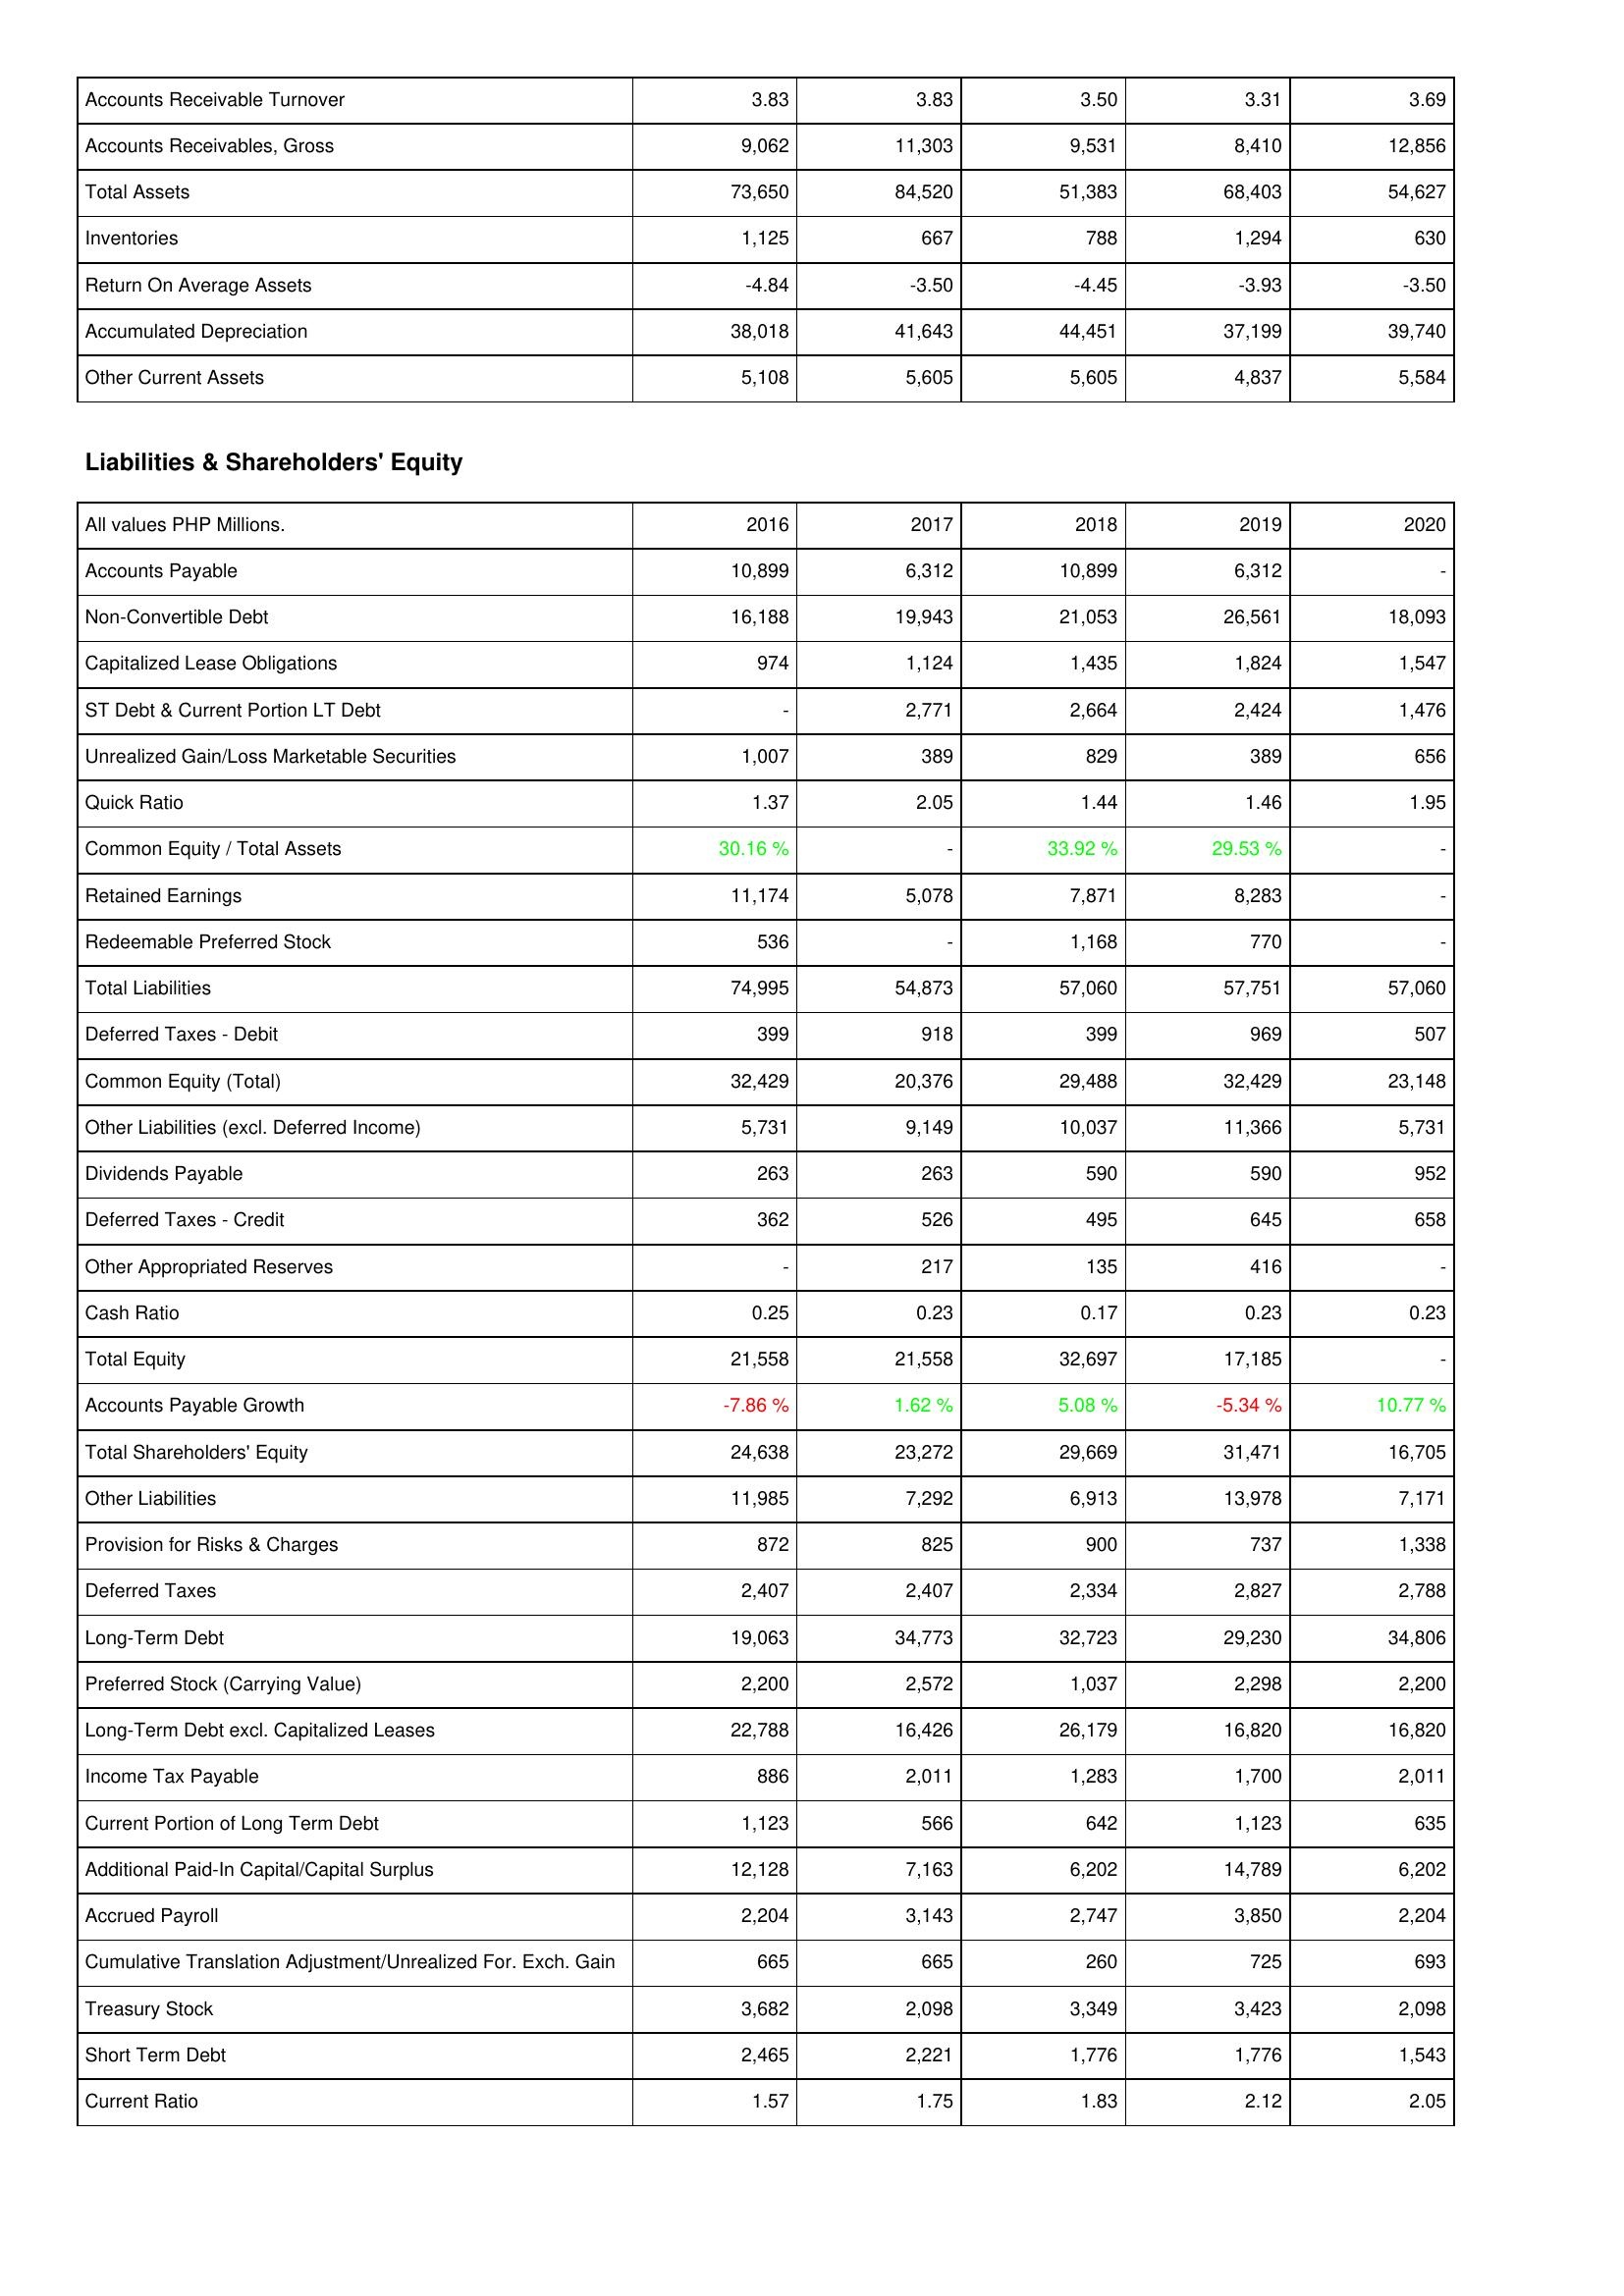
2016: Assets: Accounts Receivable Turnover: 3.83
Accounts Receivables, Gross: 9,062
Total Assets: 73,650
Inventories: 1,125
Return On Average Assets: -4.84
Accumulated Depreciation: 38,018
Other Current Assets: 5,108
Liabilities & Shareholders' Equity: Accounts Payable: 10,899
Non-Convertible Debt: 16,188
Capitalized Lease Obligations: 974
ST Debt & Current Portion LT Debt: -
Unrealized Gain/Loss Marketable Securities: 1,007
Quick Ratio: 1.37
Common Equity / Total Assets: 30.16 %
Retained Earnings: 11,174
Redeemable Preferred Stock: 536
Total Liabilities: 74,995
Deferred Taxes - Debit: 399
Common Equity (Total): 32,429
Other Liabilities (excl. Deferred Income): 5,731
Dividends Payable: 263
Deferred Taxes - Credit: 362
Other Appropriated Reserves: -
Cash Ratio: 0.25
Total Equity: 21,558
Accounts Payable Growth: -7.86 %
Total Shareholders' Equity: 24,638
Other Liabilities: 11,985
Provision for Risks & Charges: 872
Deferred Taxes: 2,407
Long-Term Debt: 19,063
Preferred Stock (Carrying Value): 2,200
Long-Term Debt excl. Capitalized Leases: 22,788
Income Tax Payable: 886
Current Portion of Long Term Debt: 1,123
Additional Paid-In Capital/Capital Surplus: 12,128
Accrued Payroll: 2,204
Cumulative Translation Adjustment/Unrealized For. Exch. Gain: 665
Treasury Stock: 3,682
Short Term Debt: 2,465
Current Ratio: 1.57
2017: Assets: Accounts Receivable Turnover: 3.83
Accounts Receivables, Gross: 11,303
Total Assets: 84,520
Inventories: 667
Return On Average Assets: -3.50
Accumulated Depreciation: 41,643
Other Current Assets: 5,605
Liabilities & Shareholders' Equity: Accounts Payable: 6,312
Non-Convertible Debt: 19,943
Capitalized Lease Obligations: 1,124
ST Debt & Current Portion LT Debt: 2,771
Unrealized Gain/Loss Marketable Securities: 389
Quick Ratio: 2.05
Common Equity / Total Assets: -
Retained Earnings: 5,078
Redeemable Preferred Stock: -
Total Liabilities: 54,873
Deferred Taxes - Debit: 918
Common Equity (Total): 20,376
Other Liabilities (excl. Deferred Income): 9,149
Dividends Payable: 263
Deferred Taxes - Credit: 526
Other Appropriated Reserves: 217
Cash Ratio: 0.23
Total Equity: 21,558
Accounts Payable Growth: 1.62 %
Total Shareholders' Equity: 23,272
Other Liabilities: 7,292
Provision for Risks & Charges: 825
Deferred Taxes: 2,407
Long-Term Debt: 34,773
Preferred Stock (Carrying Value): 2,572
Long-Term Debt excl. Capitalized Leases: 16,426
Income Tax Payable: 2,011
Current Portion of Long Term Debt: 566
Additional Paid-In Capital/Capital Surplus: 7,163
Accrued Payroll: 3,143
Cumulative Translation Adjustment/Unrealized For. Exch. Gain: 665
Treasury Stock: 2,098
Short Term Debt: 2,221
Current Ratio: 1.75
2018: Assets: Accounts Receivable Turnover: 3.50
Accounts Receivables, Gross: 9,531
Total Assets: 51,383
Inventories: 788
Return On Average Assets: -4.45
Accumulated Depreciation: 44,451
Other Current Assets: 5,605
Liabilities & Shareholders' Equity: Accounts Payable: 10,899
Non-Convertible Debt: 21,053
Capitalized Lease Obligations: 1,435
ST Debt & Current Portion LT Debt: 2,664
Unrealized Gain/Loss Marketable Securities: 829
Quick Ratio: 1.44
Common Equity / Total Assets: 33.92 %
Retained Earnings: 7,871
Redeemable Preferred Stock: 1,168
Total Liabilities: 57,060
Deferred Taxes - Debit: 399
Common Equity (Total): 29,488
Other Liabilities (excl. Deferred Income): 10,037
Dividends Payable: 590
Deferred Taxes - Credit: 495
Other Appropriated Reserves: 135
Cash Ratio: 0.17
Total Equity: 32,697
Accounts Payable Growth: 5.08 %
Total Shareholders' Equity: 29,669
Other Liabilities: 6,913
Provision for Risks & Charges: 900
Deferred Taxes: 2,334
Long-Term Debt: 32,723
Preferred Stock (Carrying Value): 1,037
Long-Term Debt excl. Capitalized Leases: 26,179
Income Tax Payable: 1,283
Current Portion of Long Term Debt: 642
Additional Paid-In Capital/Capital Surplus: 6,202
Accrued Payroll: 2,747
Cumulative Translation Adjustment/Unrealized For. Exch. Gain: 260
Treasury Stock: 3,349
Short Term Debt: 1,776
Current Ratio: 1.83
2019: Assets: Accounts Receivable Turnover: 3.31
Accounts Receivables, Gross: 8,410
Total Assets: 68,403
Inventories: 1,294
Return On Average Assets: -3.93
Accumulated Depreciation: 37,199
Other Current Assets: 4,837
Liabilities & Shareholders' Equity: Accounts Payable: 6,312
Non-Convertible Debt: 26,561
Capitalized Lease Obligations: 1,824
ST Debt & Current Portion LT Debt: 2,424
Unrealized Gain/Loss Marketable Securities: 389
Quick Ratio: 1.46
Common Equity / Total Assets: 29.53 %
Retained Earnings: 8,283
Redeemable Preferred Stock: 770
Total Liabilities: 57,751
Deferred Taxes - Debit: 969
Common Equity (Total): 32,429
Other Liabilities (excl. Deferred Income): 11,366
Dividends Payable: 590
Deferred Taxes - Credit: 645
Other Appropriated Reserves: 416
Cash Ratio: 0.23
Total Equity: 17,185
Accounts Payable Growth: -5.34 %
Total Shareholders' Equity: 31,471
Other Liabilities: 13,978
Provision for Risks & Charges: 737
Deferred Taxes: 2,827
Long-Term Debt: 29,230
Preferred Stock (Carrying Value): 2,298
Long-Term Debt excl. Capitalized Leases: 16,820
Income Tax Payable: 1,700
Current Portion of Long Term Debt: 1,123
Additional Paid-In Capital/Capital Surplus: 14,789
Accrued Payroll: 3,850
Cumulative Translation Adjustment/Unrealized For. Exch. Gain: 725
Treasury Stock: 3,423
Short Term Debt: 1,776
Current Ratio: 2.12
2020: Assets: Accounts Receivable Turnover: 3.69
Accounts Receivables, Gross: 12,856
Total Assets: 54,627
Inventories: 630
Return On Average Assets: -3.50
Accumulated Depreciation: 39,740
Other Current Assets: 5,584
Liabilities & Shareholders' Equity: Accounts Payable: -
Non-Convertible Debt: 18,093
Capitalized Lease Obligations: 1,547
ST Debt & Current Portion LT Debt: 1,476
Unrealized Gain/Loss Marketable Securities: 656
Quick Ratio: 1.95
Common Equity / Total Assets: -
Retained Earnings: -
Redeemable Preferred Stock: -
Total Liabilities: 57,060
Deferred Taxes - Debit: 507
Common Equity (Total): 23,148
Other Liabilities (excl. Deferred Income): 5,731
Dividends Payable: 952
Deferred Taxes - Credit: 658
Other Appropriated Reserves: -
Cash Ratio: 0.23
Total Equity: -
Accounts Payable Growth: 10.77 %
Total Shareholders' Equity: 16,705
Other Liabilities: 7,171
Provision for Risks & Charges: 1,338
Deferred Taxes: 2,788
Long-Term Debt: 34,806
Preferred Stock (Carrying Value): 2,200
Long-Term Debt excl. Capitalized Leases: 16,820
Income Tax Payable: 2,011
Current Portion of Long Term Debt: 635
Additional Paid-In Capital/Capital Surplus: 6,202
Accrued Payroll: 2,204
Cumulative Translation Adjustment/Unrealized For. Exch. Gain: 693
Treasury Stock: 2,098
Short Term Debt: 1,543
Current Ratio: 2.05